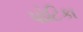
પોટિકા